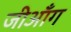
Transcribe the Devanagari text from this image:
जीआँग